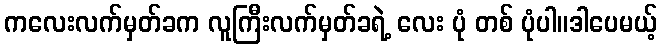
ကလေးလက်မှတ်ခက လူကြီးလက်မှတ်ခရဲ့ လေး ပုံ တစ် ပုံပါ။ဒါပေမယ့်